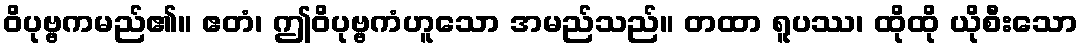
ဝိပုဗ္ဗကမည်၏။ ဧတံ၊ ဤဝိပုဗ္ဗကံဟူသော အမည်သည်။ တထာ ရူပဿ၊ ထိုထို ယိုစီးသော